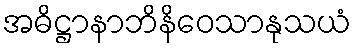
အဓိဋ္ဌာနာဘိနိဝေသာနုသယံ